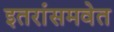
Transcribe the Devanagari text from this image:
इतरांसमवेत